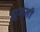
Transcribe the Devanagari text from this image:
ह्यूमनी